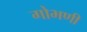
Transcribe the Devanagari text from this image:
गोभणी